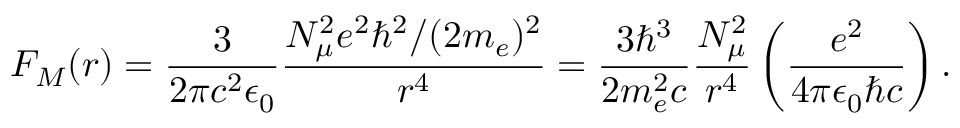
F _ { M } ( r ) = \frac { 3 } { 2 \pi c ^ { 2 } \epsilon _ { 0 } } \frac { N _ { \mu } ^ { 2 } e ^ { 2 } \hbar ^ { 2 } / ( 2 m _ { e } ) ^ { 2 } } { r ^ { 4 } } = \frac { 3 \hbar ^ { 3 } } { 2 m _ { e } ^ { 2 } c } \frac { N _ { \mu } ^ { 2 } } { r ^ { 4 } } \left( \frac { e ^ { 2 } } { 4 \pi \epsilon _ { 0 } \hbar c } \right) .